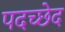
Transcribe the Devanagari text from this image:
पदच्‍छेद